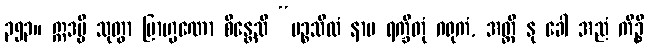
၃၅၃။ ဣဒမ္ပိ သုတွာ ဗြာဟ္မဏော စိန္တေသိ “ပဉ္စသီလံ နာမ ရက္ခိတုံ ဂရုကံ, အတ္ထိ နု ခေါ အညံ ကိဉ္စိ